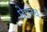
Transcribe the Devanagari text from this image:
घेउनच